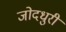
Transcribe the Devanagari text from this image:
जोदधुरी